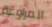
المراوغة